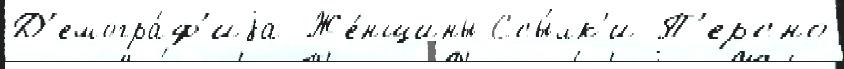
Д'емогра́ф'иjа Же́нщины Ссы́лк'и П'ерсно